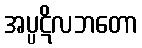
အပ္ပဋိလဘတော